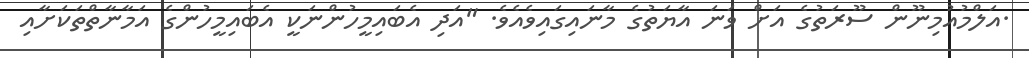
.އަލްމުއުމިނޫން ސޫރަތުގެ އަށް ވަނަ އާޔަތުގެ މާނައިގައިވެއެވެ. "އަދި އެބައިމީހުންނަކީ އެބައިމީހުންގެ އަމާނާތްތަކަށާއި